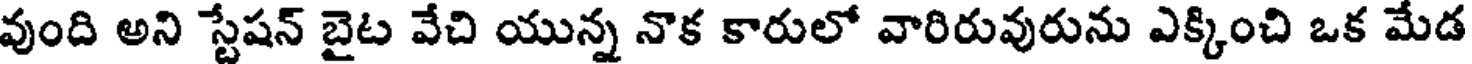
వుంది అని స్టేషన్ బైట వేచి యున్న నొక కారులో వారిరువురును ఎక్కించి ఒక మేడ